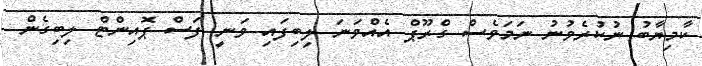
ކާމިޔާބު ނުކުރެވުނު ނަމަވެސް ގްރޫޕް އެއްވަނަ ލިބިފައި ވަނީ ފަސް ޕޮއިންޓް ލިބިގެން